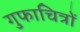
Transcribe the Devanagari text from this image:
गुफाचित्रों